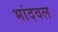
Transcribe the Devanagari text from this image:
भांदवल